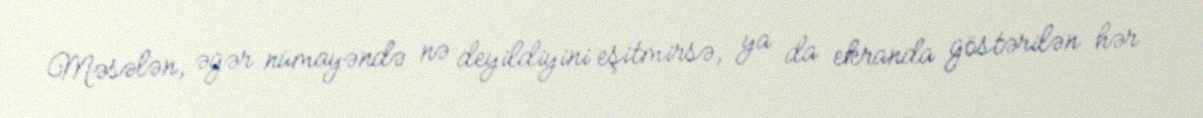
Məsələn, əgər nümayəndə nə deyildiyini eşitmirsə, ya da ekranda göstərilən hər